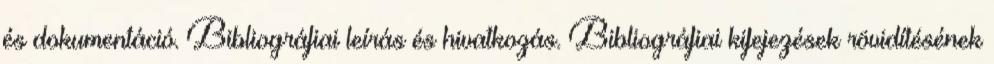
és dokumentáció. Bibliográfiai leírás és hivatkozás. Bibliográfiai kifejezések rövidítésének